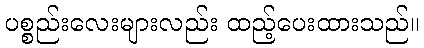
ပစ္စည်းလေးများလည်း ထည့်ပေးထားသည်။